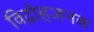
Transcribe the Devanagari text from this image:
विद्रोहजनक